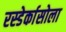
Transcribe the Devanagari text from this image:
रस्डेर्कासोला